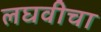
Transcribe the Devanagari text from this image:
लघवीचा